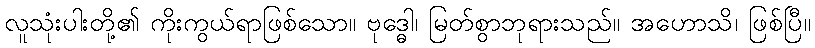
လူသုံးပါးတို့၏ ကိုးကွယ်ရာဖြစ်သော။ ဗုဒ္ဓေါ၊ မြတ်စွာဘုရားသည်။ အဟောသိ၊ ဖြစ်ပြီ။